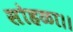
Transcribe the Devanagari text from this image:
सोहळा।।